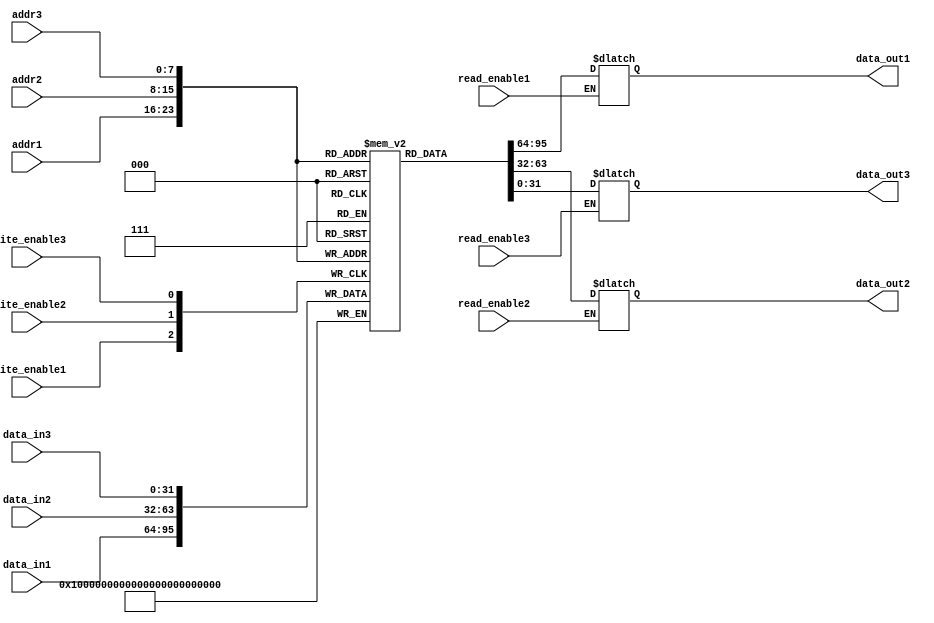
module register_file (
  input wire [7:0] addr1,
  input wire [7:0] addr2,
  input wire [7:0] addr3,
  input wire [31:0] data_in1,
  input wire [31:0] data_in2,
  input wire [31:0] data_in3,
  input wire write_enable1,
  input wire write_enable2,
  input wire write_enable3,
  input wire read_enable1,
  input wire read_enable2,
  input wire read_enable3,
  output reg [31:0] data_out1,
  output reg [31:0] data_out2,
  output reg [31:0] data_out3
);

reg [31:0] mem[0:255]; // 256 registers, 32 bits each

always @ (posedge write_enable1)
  if (write_enable1)
    mem[addr1] <= data_in1;
  
always @ (posedge write_enable2)
  if (write_enable2)
    mem[addr2] <= data_in2;

always @ (posedge write_enable3)
  if (write_enable3)
    mem[addr3] <= data_in3;

always @ (*)
begin
  if (read_enable1)
    data_out1 <= mem[addr1];
  if (read_enable2)
    data_out2 <= mem[addr2];
  if (read_enable3)
    data_out3 <= mem[addr3];
end

endmodule